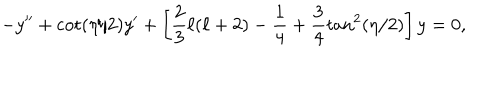
- y ^ { \prime \prime } + \cot ( \eta / 2 ) y ^ { \prime } + \left[ \frac { 2 } { 3 } \ell ( \ell + 2 ) - \frac { 1 } { 4 } + \frac { 3 } { 4 } \tan ^ { 2 } ( \eta / 2 ) \right] y = 0 ,